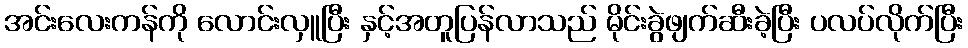
အင်းလေးကန်ကို လောင်းလှူပြီး နှင့်အတူပြန်လာသည် မိုင်းခွဲဖျက်ဆီးခဲ့ပြီး ပလပ်လိုက်ပြီး